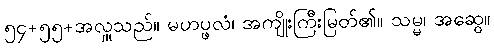
၅၄+၅၅+အလှူသည်။ မဟပ္ဖလံ၊ အကျိုးကြီးမြတ်၏။ သမ္မ၊ အဆွေ။